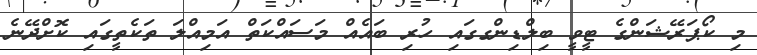
މި ކޯޕަރޭޝަންގެ ޓީވީ ބިލްޑިންގގައި ހުރި ބައެއް މަސައްކަތް އަމިއްލަ ތަކެތީގައި ކޮށްދޭނެ